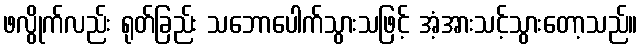
ဖလွိုက်လည်း ရုတ်ခြည်း သဘောပေါက်သွားသဖြင့် အံ့အားသင့်သွားတော့သည်။